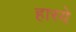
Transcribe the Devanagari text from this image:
हास्ये